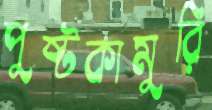
পুষ্টকামুরি